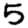
Digit: 5